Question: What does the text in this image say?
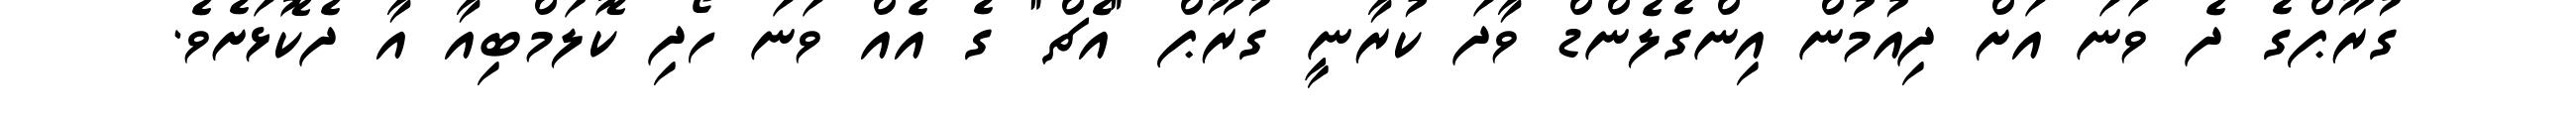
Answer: ގުރޫޕްގެ ދެ ވަނަ އަށް ދިއުމުން އިންގެލެންޑް ވާދަ ކުރާނީ ގުރޫޕް "އެޗް" ގެ އެއް ވަނަ ހޯދި ކޮލަމްބިއާ އާ ދެކޮޅަށެވެ.